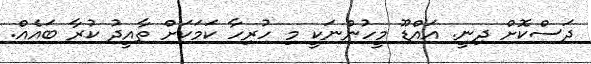
ދަސްކޮށް ދިނީ. އައްޑޫ މީހުންނަކީ މި ހުރިހާ ކަމަކަށް ތާއީދު ކުރާ ބައެއް.